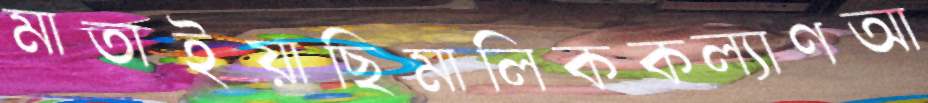
মাতাইয়াছিমালিককল্যাণআ